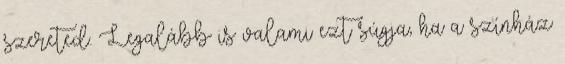
szereted. Legalább is valami ezt súgja, ha a színház